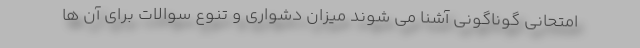
امتحانی گوناگونی آشنا می شوند میزان دشواری و تنوع سوالات برای آن ها